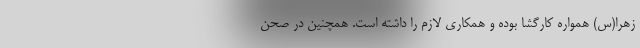
زهرا(س) همواره کارگشا بوده و همکاری لازم را داشته است. همچنین در صحن